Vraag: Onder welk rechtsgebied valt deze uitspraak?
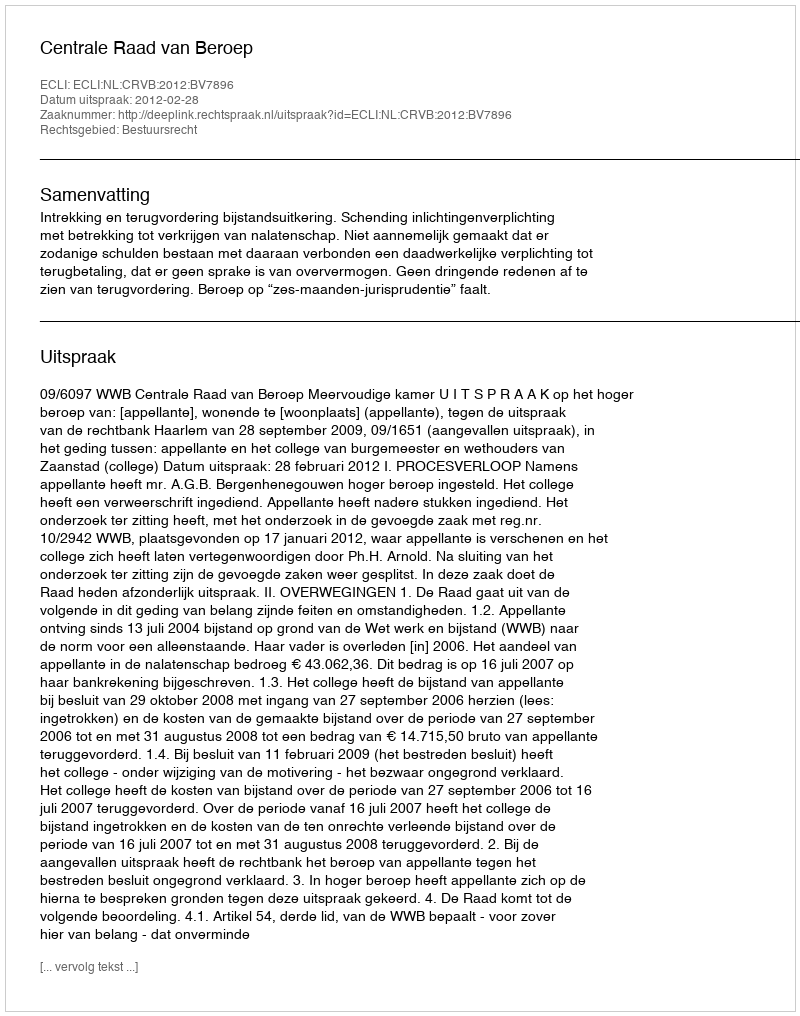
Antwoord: Bestuursrecht